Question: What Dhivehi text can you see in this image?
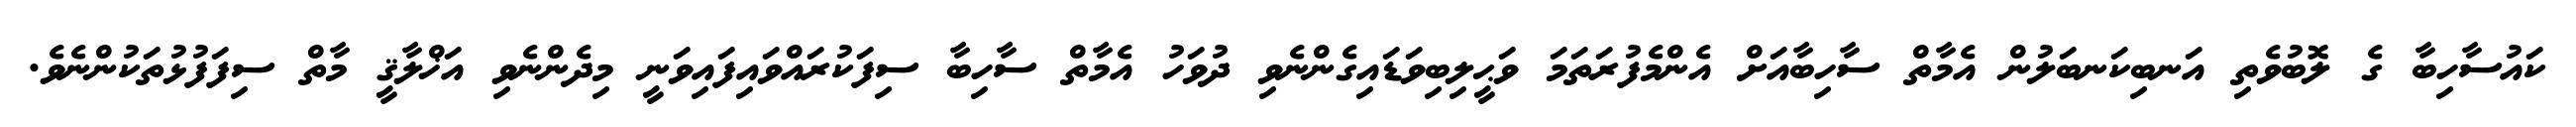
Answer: ކައުސާހިބާ ގެ ލޮބުވެތި އަނބިކަނބަލުން އެމާތް ސާހިބާއަށް އެންމެފުރަތަމަ ވަޙީލިބިވަޑައިގެންނެވި ދުވަހު އެމާތް ސާހިބާ ސިފަކުރައްވައިފައިވަނީ މިދެންނެވި އަޚްލާޤީ މާތް ސިފަފުޅުތަކުންނެވެ.